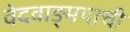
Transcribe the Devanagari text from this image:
वेदवाङ्मयाची